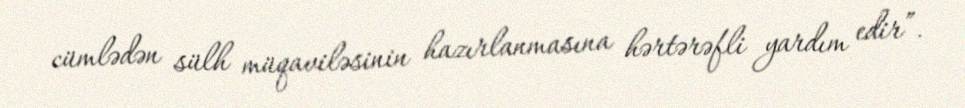
cümlədən sülh müqaviləsinin hazırlanmasına hərtərəfli yardım edir”.